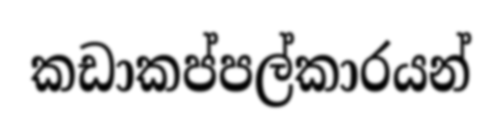
කඩාකප්පල්කාරයන්